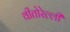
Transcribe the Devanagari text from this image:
वीतोरेल्ली